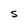
Character: S